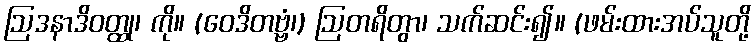
ဩဒနာဒိဝတ္ထု၊ ကို။ (ဝေဒိတဗ္ဗံ၊) ဩတရိတွာ၊ သက်ဆင်း၍။ (ဖမ်းထားအပ်သူတို့